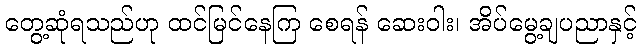
တွေ့ဆုံရသည်ဟု ထင်မြင်နေကြ စေရန် ဆေးဝါး၊ အိပ်မွေ့ချပညာနှင့်